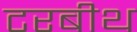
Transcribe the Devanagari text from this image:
टरबीथ